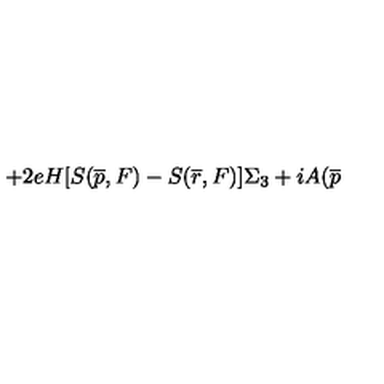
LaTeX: + 2 e H [ S ( \overline { { p } } , F ) - S ( \overline { { r } } , F ) ] \Sigma _ { 3 } + i A ( \overline { { p } }